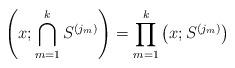
LaTeX: \begin{align*}\left(x; \bigcap_{m=1}^k S^{(j_{m})}\right)=\prod_{m=1}^{k}\left(x; S^{(j_{m})}\right) \end{align*}